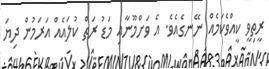
ރީތިވީ ކީއްވެކަމެއް ނޭނގެއެވެ. އެ ވަށްމޫނާއި މަޑު ރަތް ކުލައެއް އަރަމުން ދިޔަ